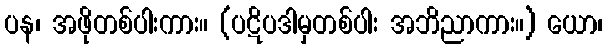
ပန၊ အဖိုတစ်ပါးကား။ (ပဋိပဒါမှတစ်ပါး အဘိညာကား။) ယော၊